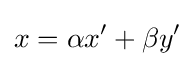
x=\alpha x'+\beta y'